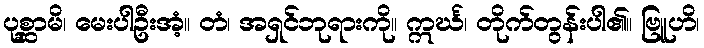
ပုစ္ဆာမိ၊ မေးပါဦးအံ့။ တံ၊ အရှင်ဘုရားကို။ ဣင်္ဃ၊ တိုက်တွန်းပါ၏။ ဗြူဟိ၊